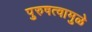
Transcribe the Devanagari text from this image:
पुरुषत्वामुळे